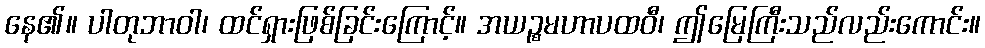
နေ၏။ ပါတုဘာဝါ၊ ထင်ရှားဖြစ်ခြင်းကြောင့်။ အယဉ္စမဟာပထဝီ၊ ဤမြေကြီးသည်လည်းကောင်း။